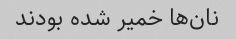
نان‌ها خمیر شده بودند